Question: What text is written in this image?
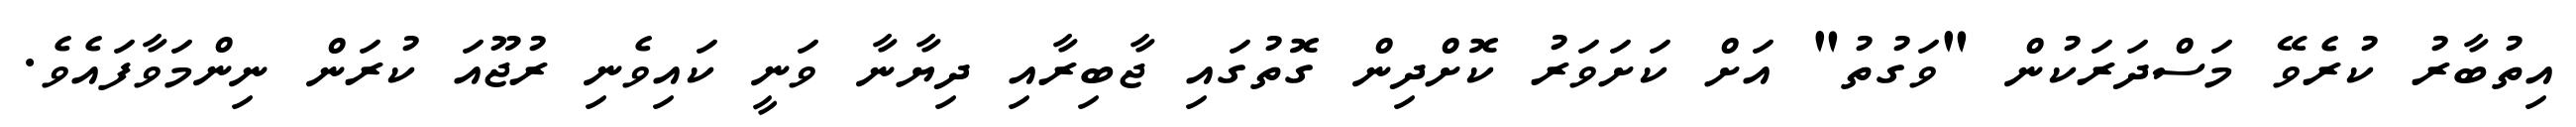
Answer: އިތުބާރު ކުރެވޭ މަސްދަރަކުން "ވަގުތު" އަށް ކަށަވަރު ކޮށްދިން ގޮތުގައި ޖާބިރާއި ދިޔާނާ ވަނީ ކައިވެނި ރުޖޫއަ ކުރަން ނިންމަވާފައެވެ.